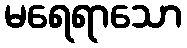
မရေရာသော